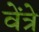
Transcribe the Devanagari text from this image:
वेंत्रे